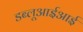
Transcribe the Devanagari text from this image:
डब्लूआईआई